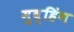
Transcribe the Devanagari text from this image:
मुव्हिंग